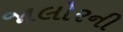
જાલોરની